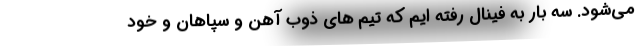
می‌شود. سه بار به فینال رفته ایم که تیم های ذوب آهن و سپاهان و خود